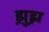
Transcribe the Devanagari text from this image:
झ़ुझ़